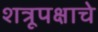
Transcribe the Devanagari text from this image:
शत्रूपक्षाचे